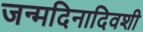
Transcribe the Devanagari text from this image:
जन्मदिनादिवशी